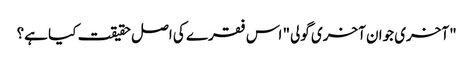
"آخری جوان آخری گولی" اس فقرے کی اصل حقیقت کیا ہے؟